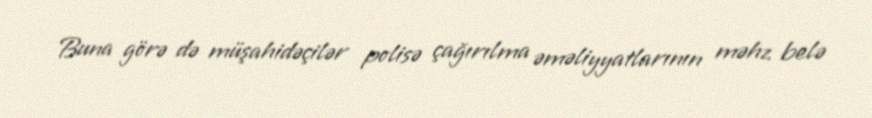
Buna görə də müşahidəçilər polisə çağırılma əməliyyatlarının məhz belə